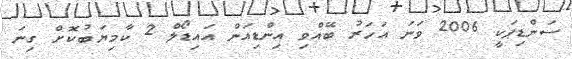
ސަންޑިޕަކީ 2006 ވަނަ އަހަރު ބޭއްވި އިންޑިއަން އައިޑޯލް 2 ކާމިޔަބުކޮށް ގިނަ